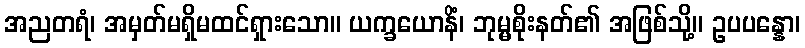
အညတရံ၊ အမှတ်မရှိမထင်ရှားသော။ ယက္ခယောနိံ၊ ဘုမ္မစိုးနတ်၏ အဖြစ်သို့။ ဥပပန္နော၊